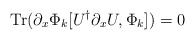
\begin{align*}{\rm Tr}( \partial_x \Phi_k [U^\dagger \partial_x U, \Phi_k ] ) =0\end{align*}